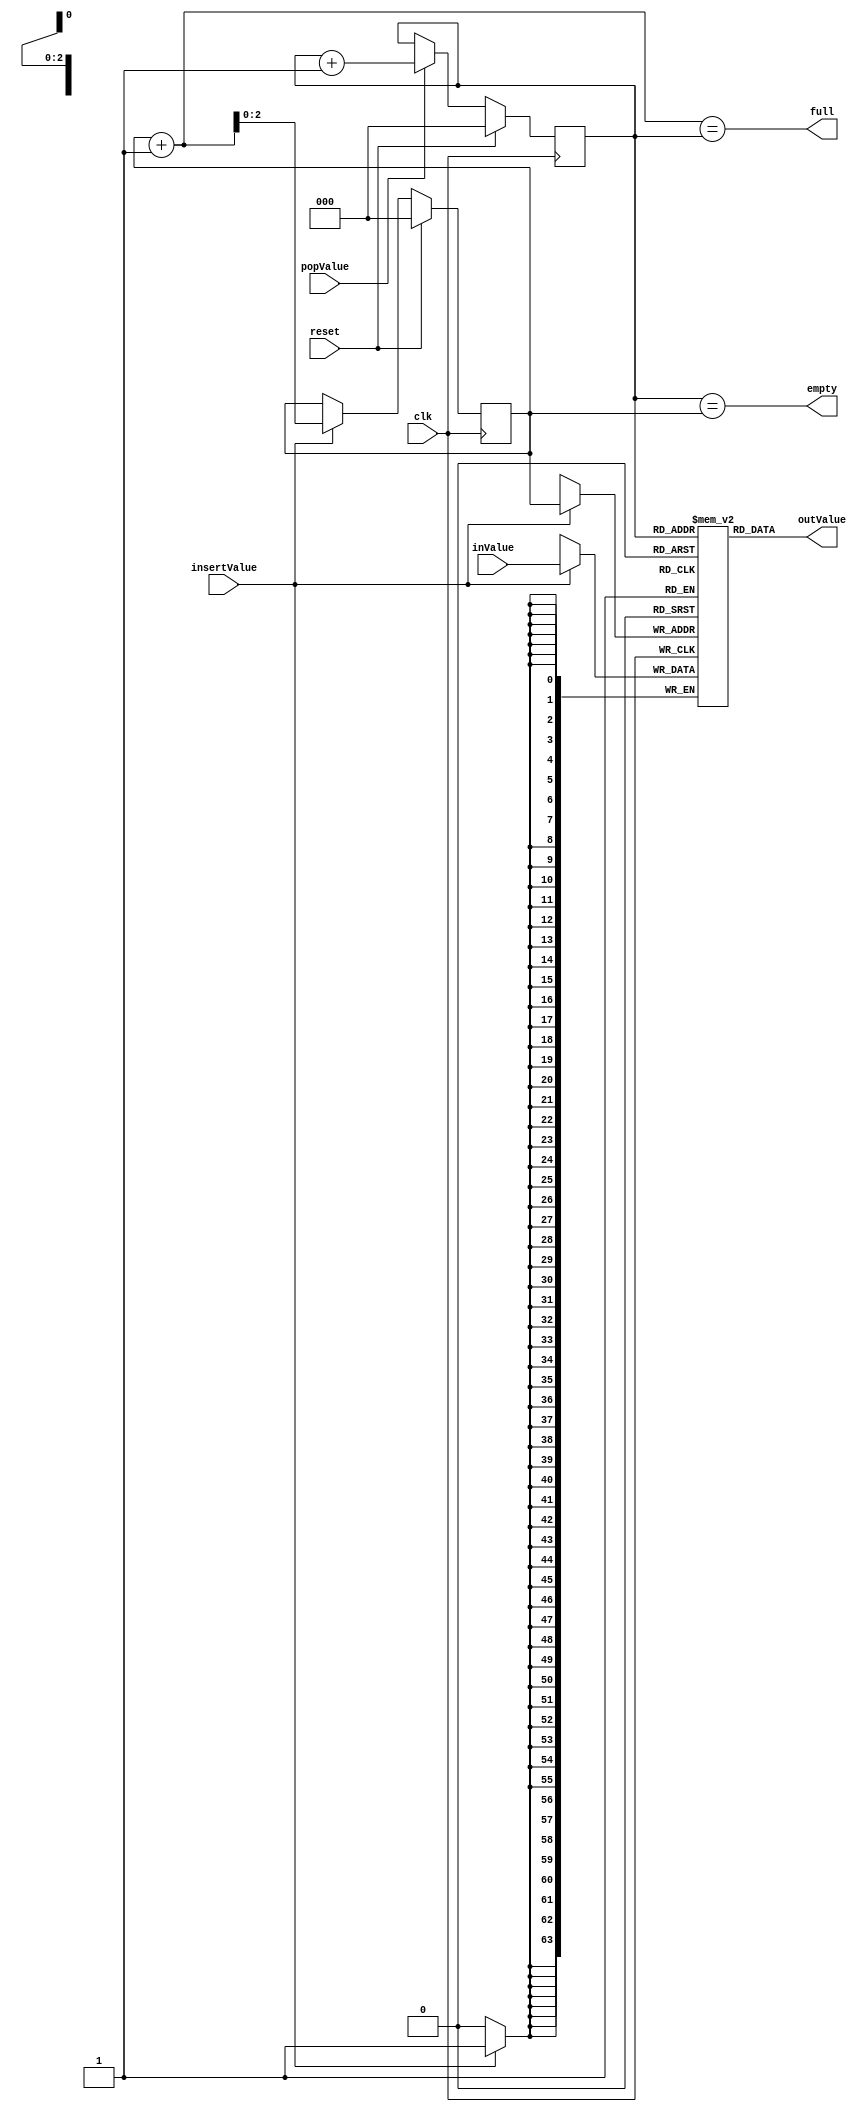
module Fifo #(parameter 
		DATA_SIZE_END = 63,
		DEPTH_BITS = 3
	)(
		input wire insertValue,
		input wire popValue,

		input wire [DATA_SIZE_END:0] inValue,
		output wire [DATA_SIZE_END:0] outValue,

		output wire empty,
		output wire full,

		input clk,
		input reset
	);

reg [DATA_SIZE_END:0] memory[(2**DEPTH_BITS)-1:0];

integer i;
initial
begin
	for(i = 0; i < (2**DEPTH_BITS); i = i + 1)
	begin
		memory[i] = 0;
	end
end

reg [DEPTH_BITS-1:0] read,write;

assign outValue = memory[read];

assign empty = (read == write);
assign full = ((write + 1) == read);

always @(posedge clk)
begin
	if(insertValue)
	begin
		memory[write] <= inValue;
		write <= write + 1;
	end

	if(popValue)
	begin
		read <= read + 1;
	end

	if(reset)
	begin
		read <= 0;
		write <= 0;
	end
end

endmodule